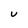
Character: U